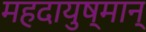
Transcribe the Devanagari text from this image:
महदायुष्मान्